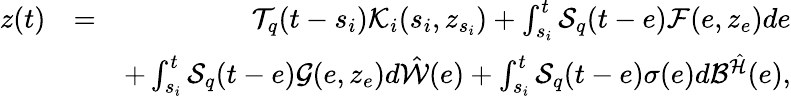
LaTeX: \begin{array}{rlr}{z(t)}&{=}&{{\cal T}_{q}(t-s_{i}){\cal K}_{i}(s_{i},z_{s_{i}})+\int_{s_{i}}^{t}{\cal S}_{q}(t-e){\cal F}(e,z_{e})de}\\ &{}&{+\int_{s_{i}}^{t}{\cal S}_{q}(t-e){\cal G}(e,z_{e})d\hat{\cal W}(e)+\int_{s_{i}}^{t}{\cal S}_{q}(t-e)\sigma(e)d{\cal B}^{\hat{\cal H}}(e),}\end{array}